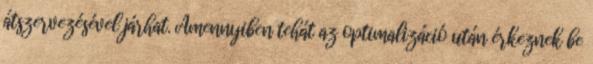
átszervezésével járhat. Amennyiben tehát az optimalizáció után érkeznek be